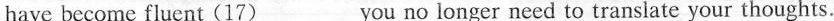
have become fluent (17)___ you no longer need to translate your thoughts.